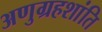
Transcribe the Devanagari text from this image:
अणुग्रहशांति